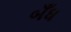
બઁધ